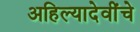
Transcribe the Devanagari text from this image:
अहिल्यादेवींचे